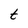
Character: t